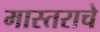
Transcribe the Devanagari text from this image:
मास्तराचे